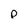
Character: p